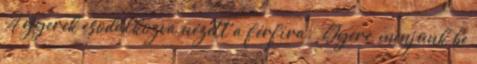
A gyerek csodálkozva nézett a férfira. ,,Gyere, menjünk be